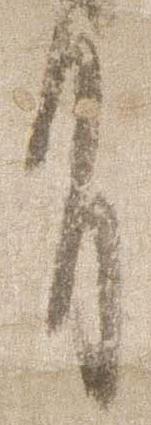
有